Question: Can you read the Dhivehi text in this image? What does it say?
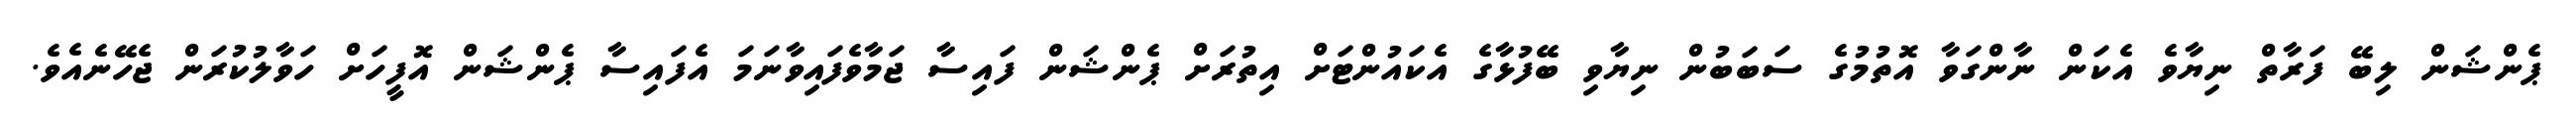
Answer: ޕެންޝަން ލިބޭ ފަރާތް ނިޔާވެ އެކަން ނާންގަވާ އޮތުމުގެ ސަބަބުން ނިޔާވި ބޭފުޅާގެ އެކައުންޓަށް އިތުރަށް ޕެންޝަން ފައިސާ ޖަމާވެފައިވާނަމަ އެފައިސާ ޕެންޝަން އޮފީހަށް ހަވާލުކުރަން ޖެހޭނެއެވެ.